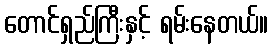
တောင်ရှည်ကြီးနှင့် ရမ်းနေတယ်။